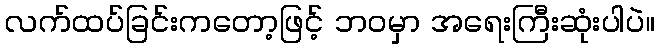
လက်ထပ်ခြင်းကတော့ဖြင့် ဘဝမှာ အရေးကြီးဆုံးပါပဲ။